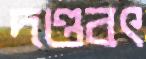
দণ্ডবৎ